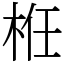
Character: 栣